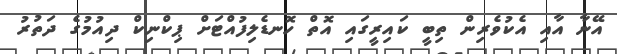
އޭނާ އާއި އެކުވެރިން ތިބީ ކައިރީގައި އޮތް ހޮނޑެލިފުއްޓަށް ޕިކްނިކް ދިއުމުގެ ދަތުރު